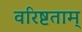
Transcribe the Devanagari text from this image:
वरिष्टताम्